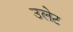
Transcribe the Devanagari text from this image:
उलेट